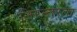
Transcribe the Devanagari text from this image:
निरन्‍तरता